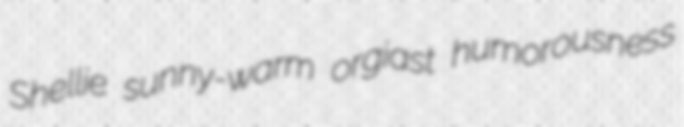
Shellie sunny-warm orgiast humorousness